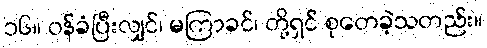
၁၆။ ဝန်ခံပြီးလျှင်၊ မကြာခင်၊ တို့ရှင် စုတေခဲ့သတည်း။